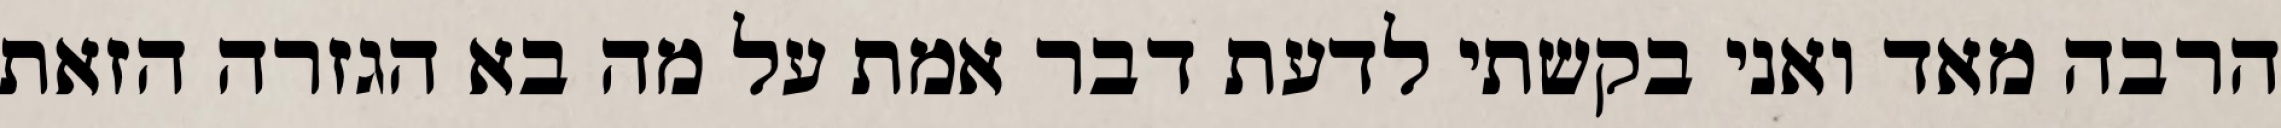
הרבה מאד ואני בקשתי לדעת דבר אמת על מה בא הגזרה הזאת